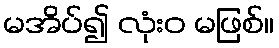
မအိပ်၍ လုံးဝ မဖြစ်။